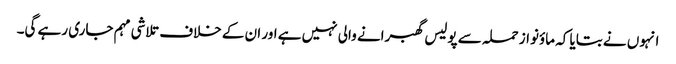
انہوں نے بتایا کہ ماؤنواز حملہ سے پولیس گھبرانے والی نہیں ہے اور ان کے خلاف تلاشی مہم جاری رہے گی۔